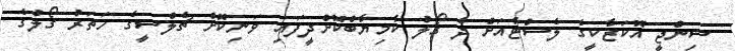
ޝިންޖީ އޮކަޒާކީގެ ލެސްޓާއަށް ދެ ގޯލު ކާމިޔާބްކޮށްދީފައި ވަނިކޮށް ޗެލްސީގެ ހަތަރު ގޯލުގެ